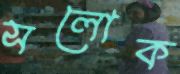
সলোক